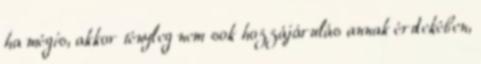
ha mégis, akkor tényleg nem sok hozzájárulás annak érdekében,